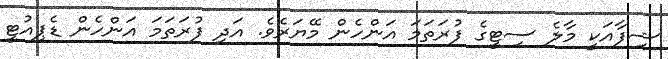
ޝިފާއަކީ މާލެ ސިޓީގެ ފުރަތަމަ އަންހެން މޭޔަރެވެ. އަދި ފުރަތަމަ އަންހެން ޑެޕިއުޓީ